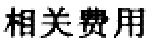
相关费用